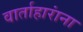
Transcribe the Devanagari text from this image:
वार्ताहारांना